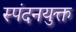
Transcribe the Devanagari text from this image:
स्पंदनयुक्त